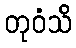
တုဝံသိ